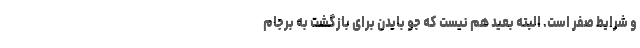
و شرایط صفر است. البته بعید هم نیست که جو بایدن برای بازگشت به برجام